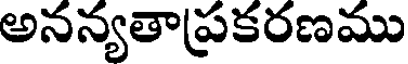
అనన్యతాప్రకరణము